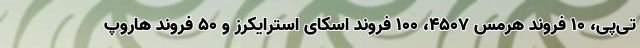
‌تی‌پی، ۱۰ فروند هرمس ۴۵۰۷، ۱۰۰ فروند اسکای استرایکرز و ۵۰ فروند هاروپ